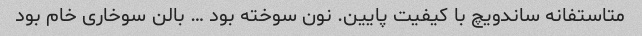
متاستفانه ساندویچ با کیفیت پایین. نون سوخته بود … بالن سوخاری خام بود